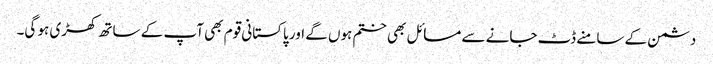
دشمن کے سامنے ڈٹ جانے سے مسائل بھی ختم ہوں گے اور پاکستانی قوم بھی آپ کے ساتھ کھڑی ہو گی۔